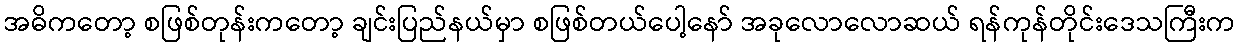
အဓိကတော့ စဖြစ်တုန်းကတော့ ချင်းပြည်နယ်မှာ စဖြစ်တယ်ပေါ့နော် အခုလောလောဆယ် ရန်ကုန်တိုင်းဒေသကြီးက